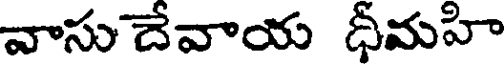
వాసు దేవాయ ధీమహి